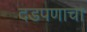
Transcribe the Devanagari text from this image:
दडपणाचा